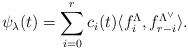
\begin{align*}\psi_\lambda(t)=\sum^r_{i=0}c_i(t)\langle f^\Lambda_i, f^{\Lambda^\vee}_{r-i}\rangle.\end{align*}